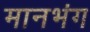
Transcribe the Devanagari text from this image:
मानभंग